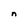
Character: n